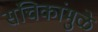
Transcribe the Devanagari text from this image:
संचिकांमुळे